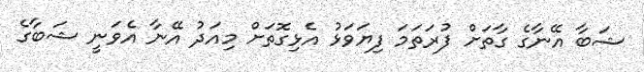
ޝަބާ އޭނާގެ ގާތަށް ފުރަތަމަ ފިޔަވަޅު އެޅިގޮތަށް މިއަދު އޭނާ އެވަނީ ޝަބާގެ